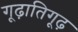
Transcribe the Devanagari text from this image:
गूढ़ातिगूढ़